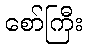
စော်ကြီး